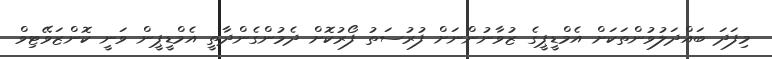
މިފަދަ ބައްދަލުވުންތަކަށް އެމްޑީޕީގެ ޒުވާނުންނަށް ފުރުސަތު ފޯރުކޮށް ދެމުންގެންދާތީ އެމްޑީޕީން ވަނީ ކޮންޒަވޭޓިވް